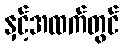
နှင့်အထက်တွင်